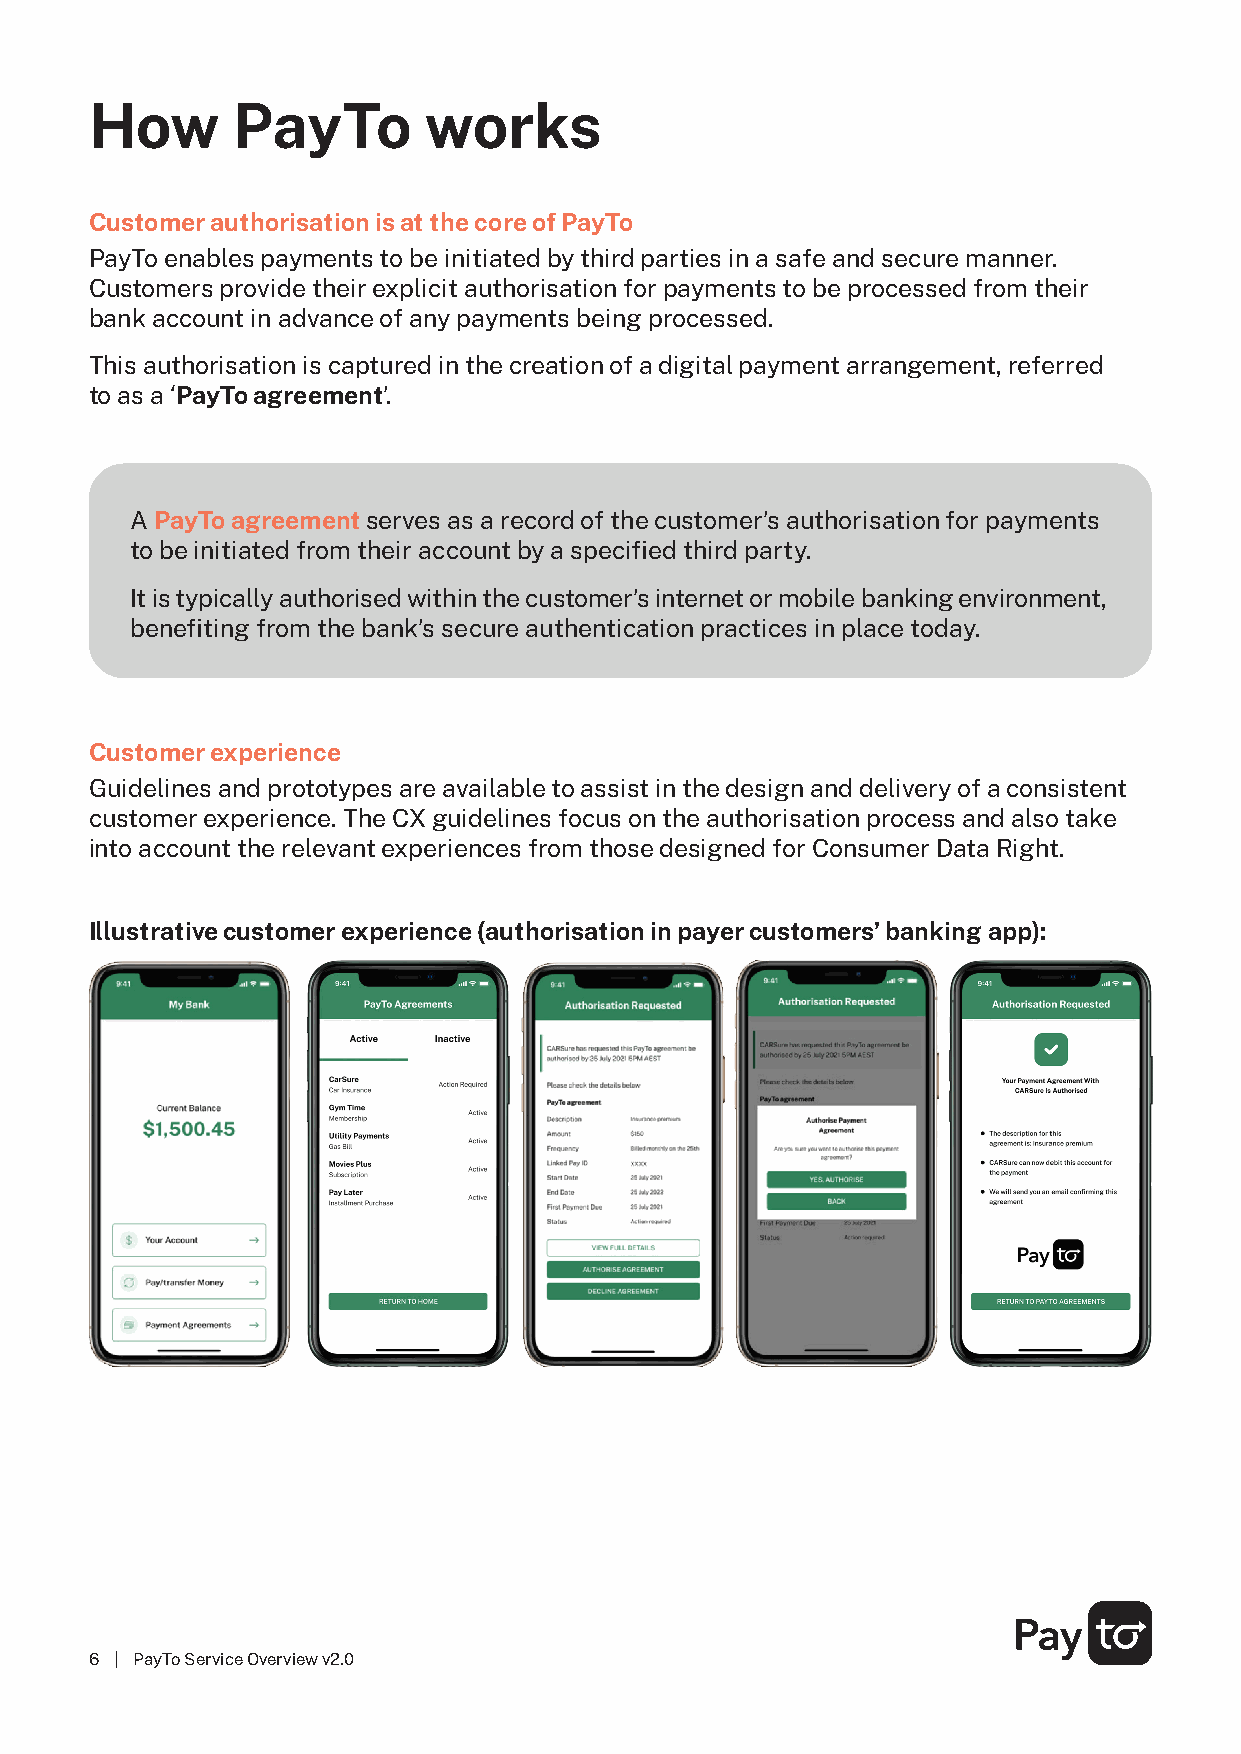
How      PayTo        works
 Customer authorisation is at the core of PayTo
 PayTo enables payments to be initiated by third parties in a safe and secure manner.
 Customers provide their explicit authorisation for payments to be processed from their
 bank account in advance of any payments being processed.
 This authorisation is captured in the creation of a digital payment arrangement, referred
 to as a ‘PayTo agreement’.
 A PayTo agreement serves as a record of the customer’s authorisation for payments
 to be initiated from their account by a specified third party.
 It is typically authorised within the customer’s internet or mobile banking environment,
 benefiting from the bank’s secure authentication practices in place today.
 Customer experience
 Guidelines and prototypes are available to assist in the design and delivery of a consistent
 customer experience. The CX guidelines focus on the authorisation process and also take
 into account the relevant experiences from those designed for Consumer Data Right.
 Illustrative customer experience (authorisation in payer customers’ banking app):
 6 | PayTo Service Overview v2.0